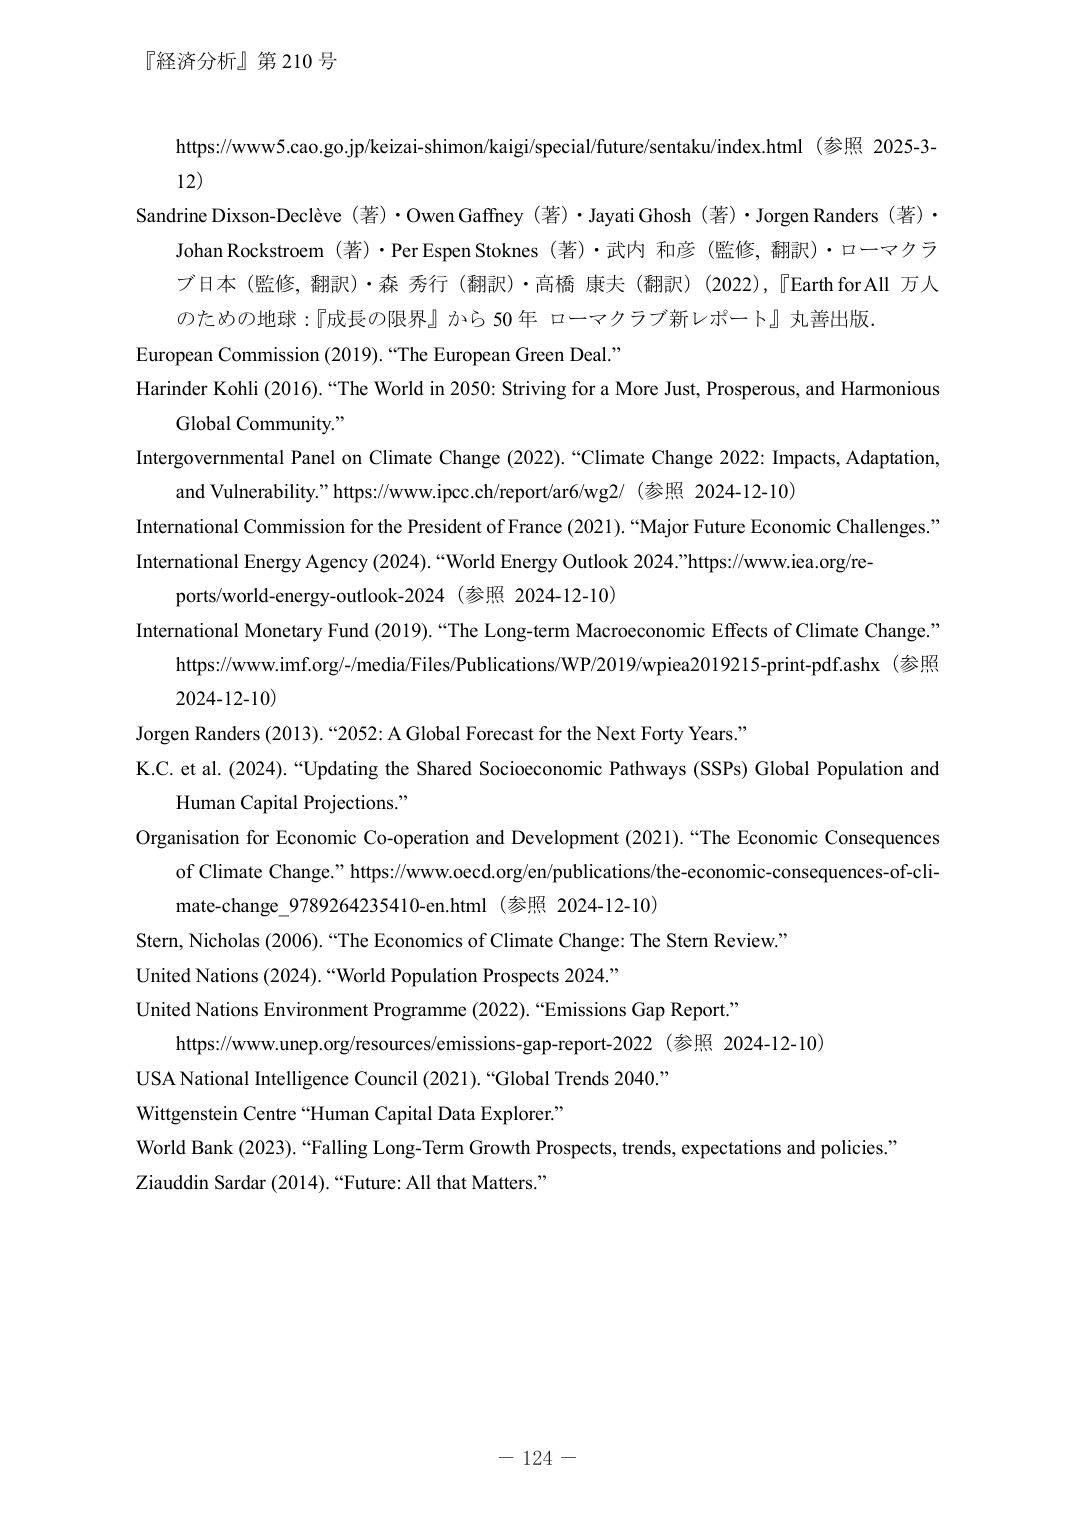
『経済分析』第210号

https://www5.cao.go.jp/keizai-shimon/kaigi/special/future/sentaku/index.html（参照 2025-3-12）

Sandrine Dixson-Declève（著）・Owen Gaffney（著）・Jayati Ghosh（著）・Jorgen Randers（著）・Johan Rockstroem（著）・Per Espen Stoknes（著）・武内 和彦（監修, 翻訳）・ローマクラブ日本（監修, 翻訳）・森 秀行（翻訳）・高橋 康夫（翻訳）（2022）,『Earth for All 万人のための地球：『成長の限界』から50年 ローマクラブ新レポート』丸善出版.

European Commission (2019). “The European Green Deal.”

Harinder Kohli (2016). “The World in 2050: Striving for a More Just, Prosperous, and Harmonious Global Community.”

Intergovernmental Panel on Climate Change (2022). “Climate Change 2022: Impacts, Adaptation, and Vulnerability.” https://www.ipcc.ch/report/ar6/wg2/（参照 2024-12-10）

International Commission for the President of France (2021). “Major Future Economic Challenges.”

International Energy Agency (2024). “World Energy Outlook 2024.” https://www.iea.org/reports/world-energy-outlook-2024（参照 2024-12-10）

International Monetary Fund (2019). “The Long-term Macroeconomic Effects of Climate Change.” https://www.imf.org/-/media/Files/Publications/WP/2019/wpiea2019215-print-pdf.ashx（参照 2024-12-10）

Jorgen Randers (2013). “2052: A Global Forecast for the Next Forty Years.”

K.C. et al. (2024). “Updating the Shared Socioeconomic Pathways (SSPs) Global Population and Human Capital Projections.”

Organisation for Economic Co-operation and Development (2021). “The Economic Consequences of Climate Change.” https://www.oecd.org/en/publications/the-economic-consequences-of-climate-change_9789264235410-en.html（参照 2024-12-10）

Stern, Nicholas (2006). “The Economics of Climate Change: The Stern Review.”

United Nations (2024). “World Population Prospects 2024.”

United Nations Environment Programme (2022). “Emissions Gap Report.” https://www.unep.org/resources/emissions-gap-report-2022（参照 2024-12-10）

USA National Intelligence Council (2021). “Global Trends 2040.”

Wittgenstein Centre “Human Capital Data Explorer.”

World Bank (2023). “Falling Long-Term Growth Prospects, trends, expectations and policies.”

Ziauddin Sardar (2014). “Future: All that Matters.”

－ 124 －